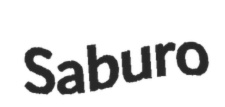
Saburo